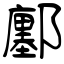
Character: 鄽